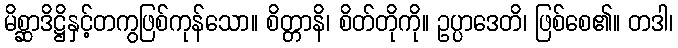
မိစ္ဆာဒိဋ္ဌိနှင့်တကွဖြစ်ကုန်သော။ စိတ္တာနိ၊ စိတ်တိုကို။ ဥပ္ပာဒေတိ၊ ဖြစ်စေ၏။ တဒါ၊